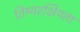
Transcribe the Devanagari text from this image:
तिष्यरक्षियता